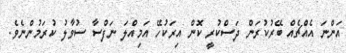
އަންނަ އެއްޗެއް ބޭރުކުރަން ދަސްކުރީ ކޮން އިރަކުހޭ އަމިއްލަ ނަފްސާ ސުވާލު ކުރަމުންނެވެ.